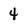
Character: 4